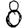
Digit: 8